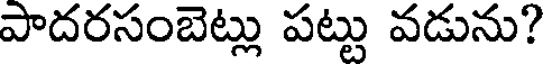
పాదరసంబెట్లు పట్టు వడును?